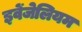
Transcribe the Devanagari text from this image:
इवेंजेलियम